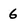
Character: 6